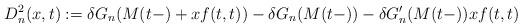
LaTeX: \begin{align*} \begin{aligned} D^2_n(x,t) &:= \delta G_n(M(t-)+xf(t,t))-\delta G_n(M(t-)) -\delta G_n'(M(t-))xf(t,t) \end{aligned}\end{align*}